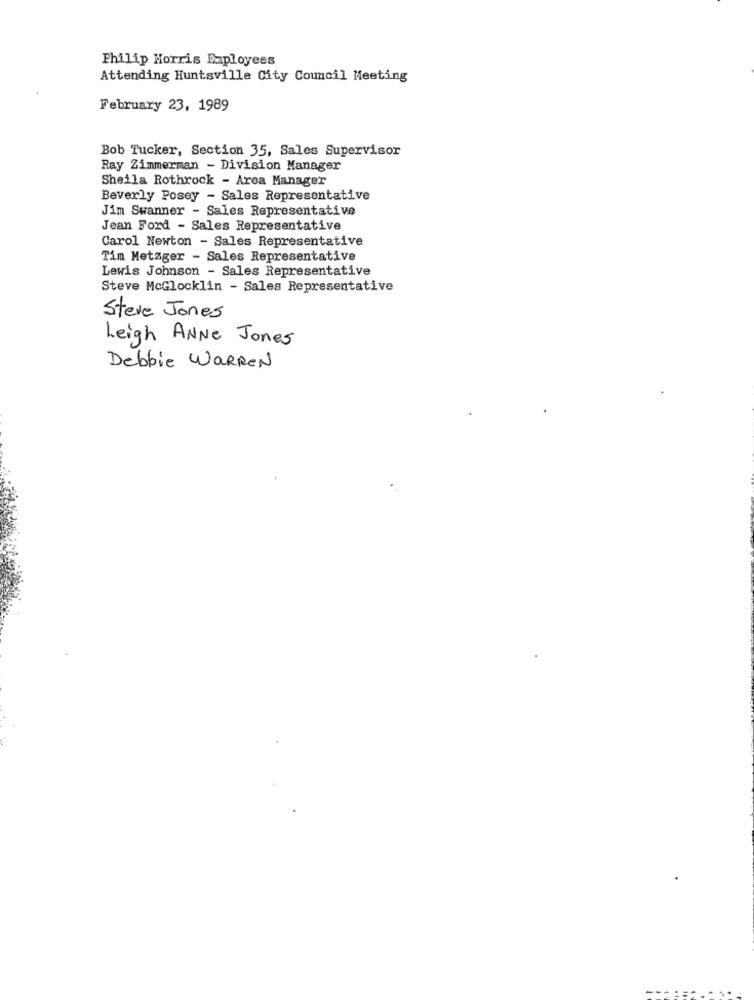
Philip Morris Eaployees
Attending Huntsville City Council Meeting
February 23, 1989
Bob Tucker, Section 35, Sales Supervisor
Ray Zimmerman - Division Manager
Sheila Rothrock - Area Manager
Beverly Posey - Sales Representative
Jim Swanner - Sales Representative
Jean Ford - Sales Representative
Carol Newton - Sales Representative
Tim Metzger - Sales Representative
Lewis Johnson - Sales Representative
Steve McGlocklin - Sales Representative
Steve Jones
Leigh ANNE Jones
Debbie WARREN